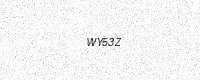
Text: WY53Z